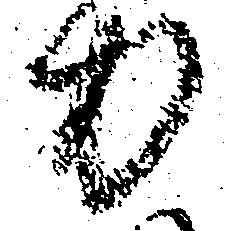
力